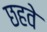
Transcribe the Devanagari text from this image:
छहवे